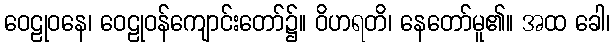
ဝေဠုဝနေ၊ ဝေဠုဝန်ကျောင်းတော်၌။ ဝိဟရတိ၊ နေတော်မူ၏။ အထ ခေါ၊